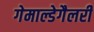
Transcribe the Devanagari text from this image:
गेमाल्डेगैलरी